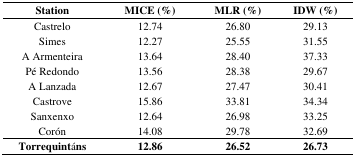
<table><thead><tr><td><b>Station</b></td><td><b>MICE (%)</b></td><td><b>MLR (%)</b></td><td><b>IDW (%)</b></td></tr></thead><tbody><tr><td>Castrelo</td><td>12.74</td><td>26.80</td><td>29.13</td></tr><tr><td>Simes</td><td>12.27</td><td>25.55</td><td>31.55</td></tr><tr><td>A Armenteira</td><td>13.64</td><td>28.40</td><td>37.33</td></tr><tr><td>Pé Redondo</td><td>13.56</td><td>28.38</td><td>29.67</td></tr><tr><td>A Lanzada</td><td>12.67</td><td>27.47</td><td>30.41</td></tr><tr><td>Castrove</td><td>15.86</td><td>33.81</td><td>34.34</td></tr><tr><td>Sanxenxo</td><td>12.64</td><td>26.98</td><td>33.25</td></tr><tr><td>Corón</td><td>14.08</td><td>29.78</td><td>32.69</td></tr><tr><td><b>Torrequint</b>á<b>ns</b></td><td><b>12.86</b></td><td><b>26.52</b></td><td><b>26.73</b></td></tr></tbody></table>